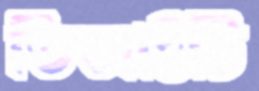
ডিআইটি